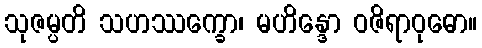
သုဇမ္ပတိ သဟဿက္ခော၊ မဟိန္ဒော ဝဇိရာဝုဓော။